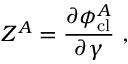
Z ^ { A } = \frac { \partial \phi _ { \mathrm { c l } } ^ { A } } { \partial \gamma } \ ,